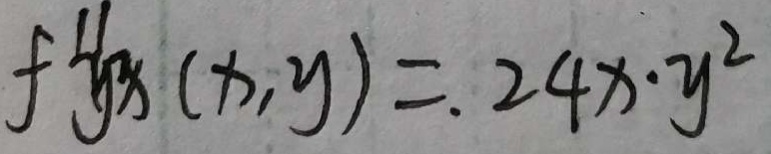
f ^ { \prime \prime } y ^ { 2 } x ( x , y ) = 2 4 x \cdot y ^ { 2 }